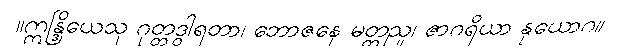
။ဣန္ဒြိယေသု ဂုတ္တဒွါရတာ၊ ဘောဇနေ မတ္တညူ၊ ဇာဂရိယာ နုယောဂ။